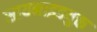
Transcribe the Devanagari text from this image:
सायनाइडयुक्त